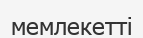
мемлекетті